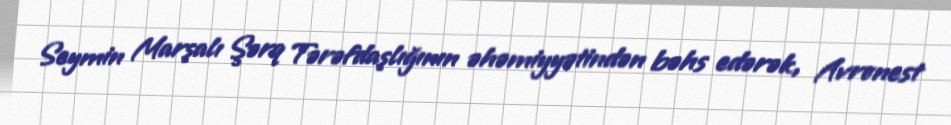
Seymin Marşalı Şərq Tərəfdaşlığının əhəmiyyətindən bəhs edərək, Avronest